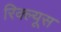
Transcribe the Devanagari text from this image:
रिक्ल्यूस